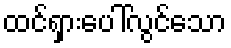
ထင်ရှားပေါ်လွင်သော